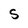
Character: S